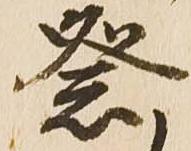
祭